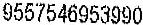
9557546953990